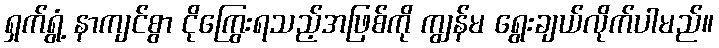
ရှက်ရွံ့ နာကျင်စွာ ငိုကြွေးရသည့်အဖြစ်ကို ကျွန်မ ရွေးချယ်လိုက်ပါမည်။